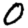
Digit: 0